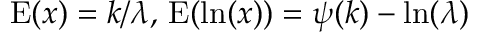
\operatorname { E } ( x ) = k / \lambda , \, \operatorname { E } ( \ln ( x ) ) = \psi ( k ) - \ln ( \lambda )